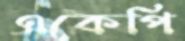
একেপি